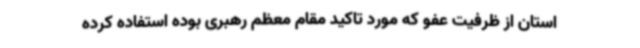
استان از ظرفیت عفو که مورد تاکید مقام معظم رهبری بوده استفاده کرده